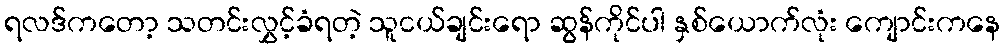
ရလဒ်ကတော့ သတင်းလွှင့်ခံရတဲ့ သူငယ်ချင်းရော ဆွန်ကိုင်ပါ နှစ်ယောက်လုံး ကျောင်းကနေ